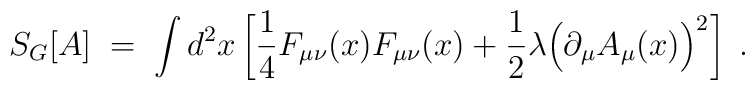
S_G[A] \; = \; \int d^2x\left[ \frac{1}{4} F_{\mu \nu}(x) F_{\mu \nu}(x)+ \frac{1}{2} \lambda \Big( \partial_\mu A_\mu(x) \Big)^2 \right] \; .